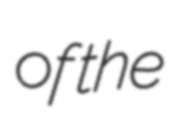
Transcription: of the